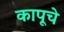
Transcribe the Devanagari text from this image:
कापूचे